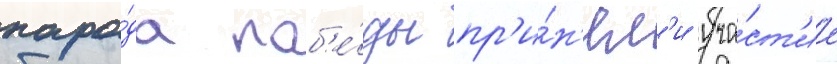
пара́да поб'е́ды пр'и́н'ял'и уча́ст'ие